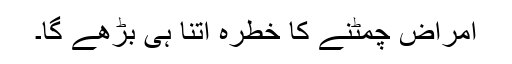
امراض چمٹنے کا خطرہ اتنا ہی بڑھے گا۔